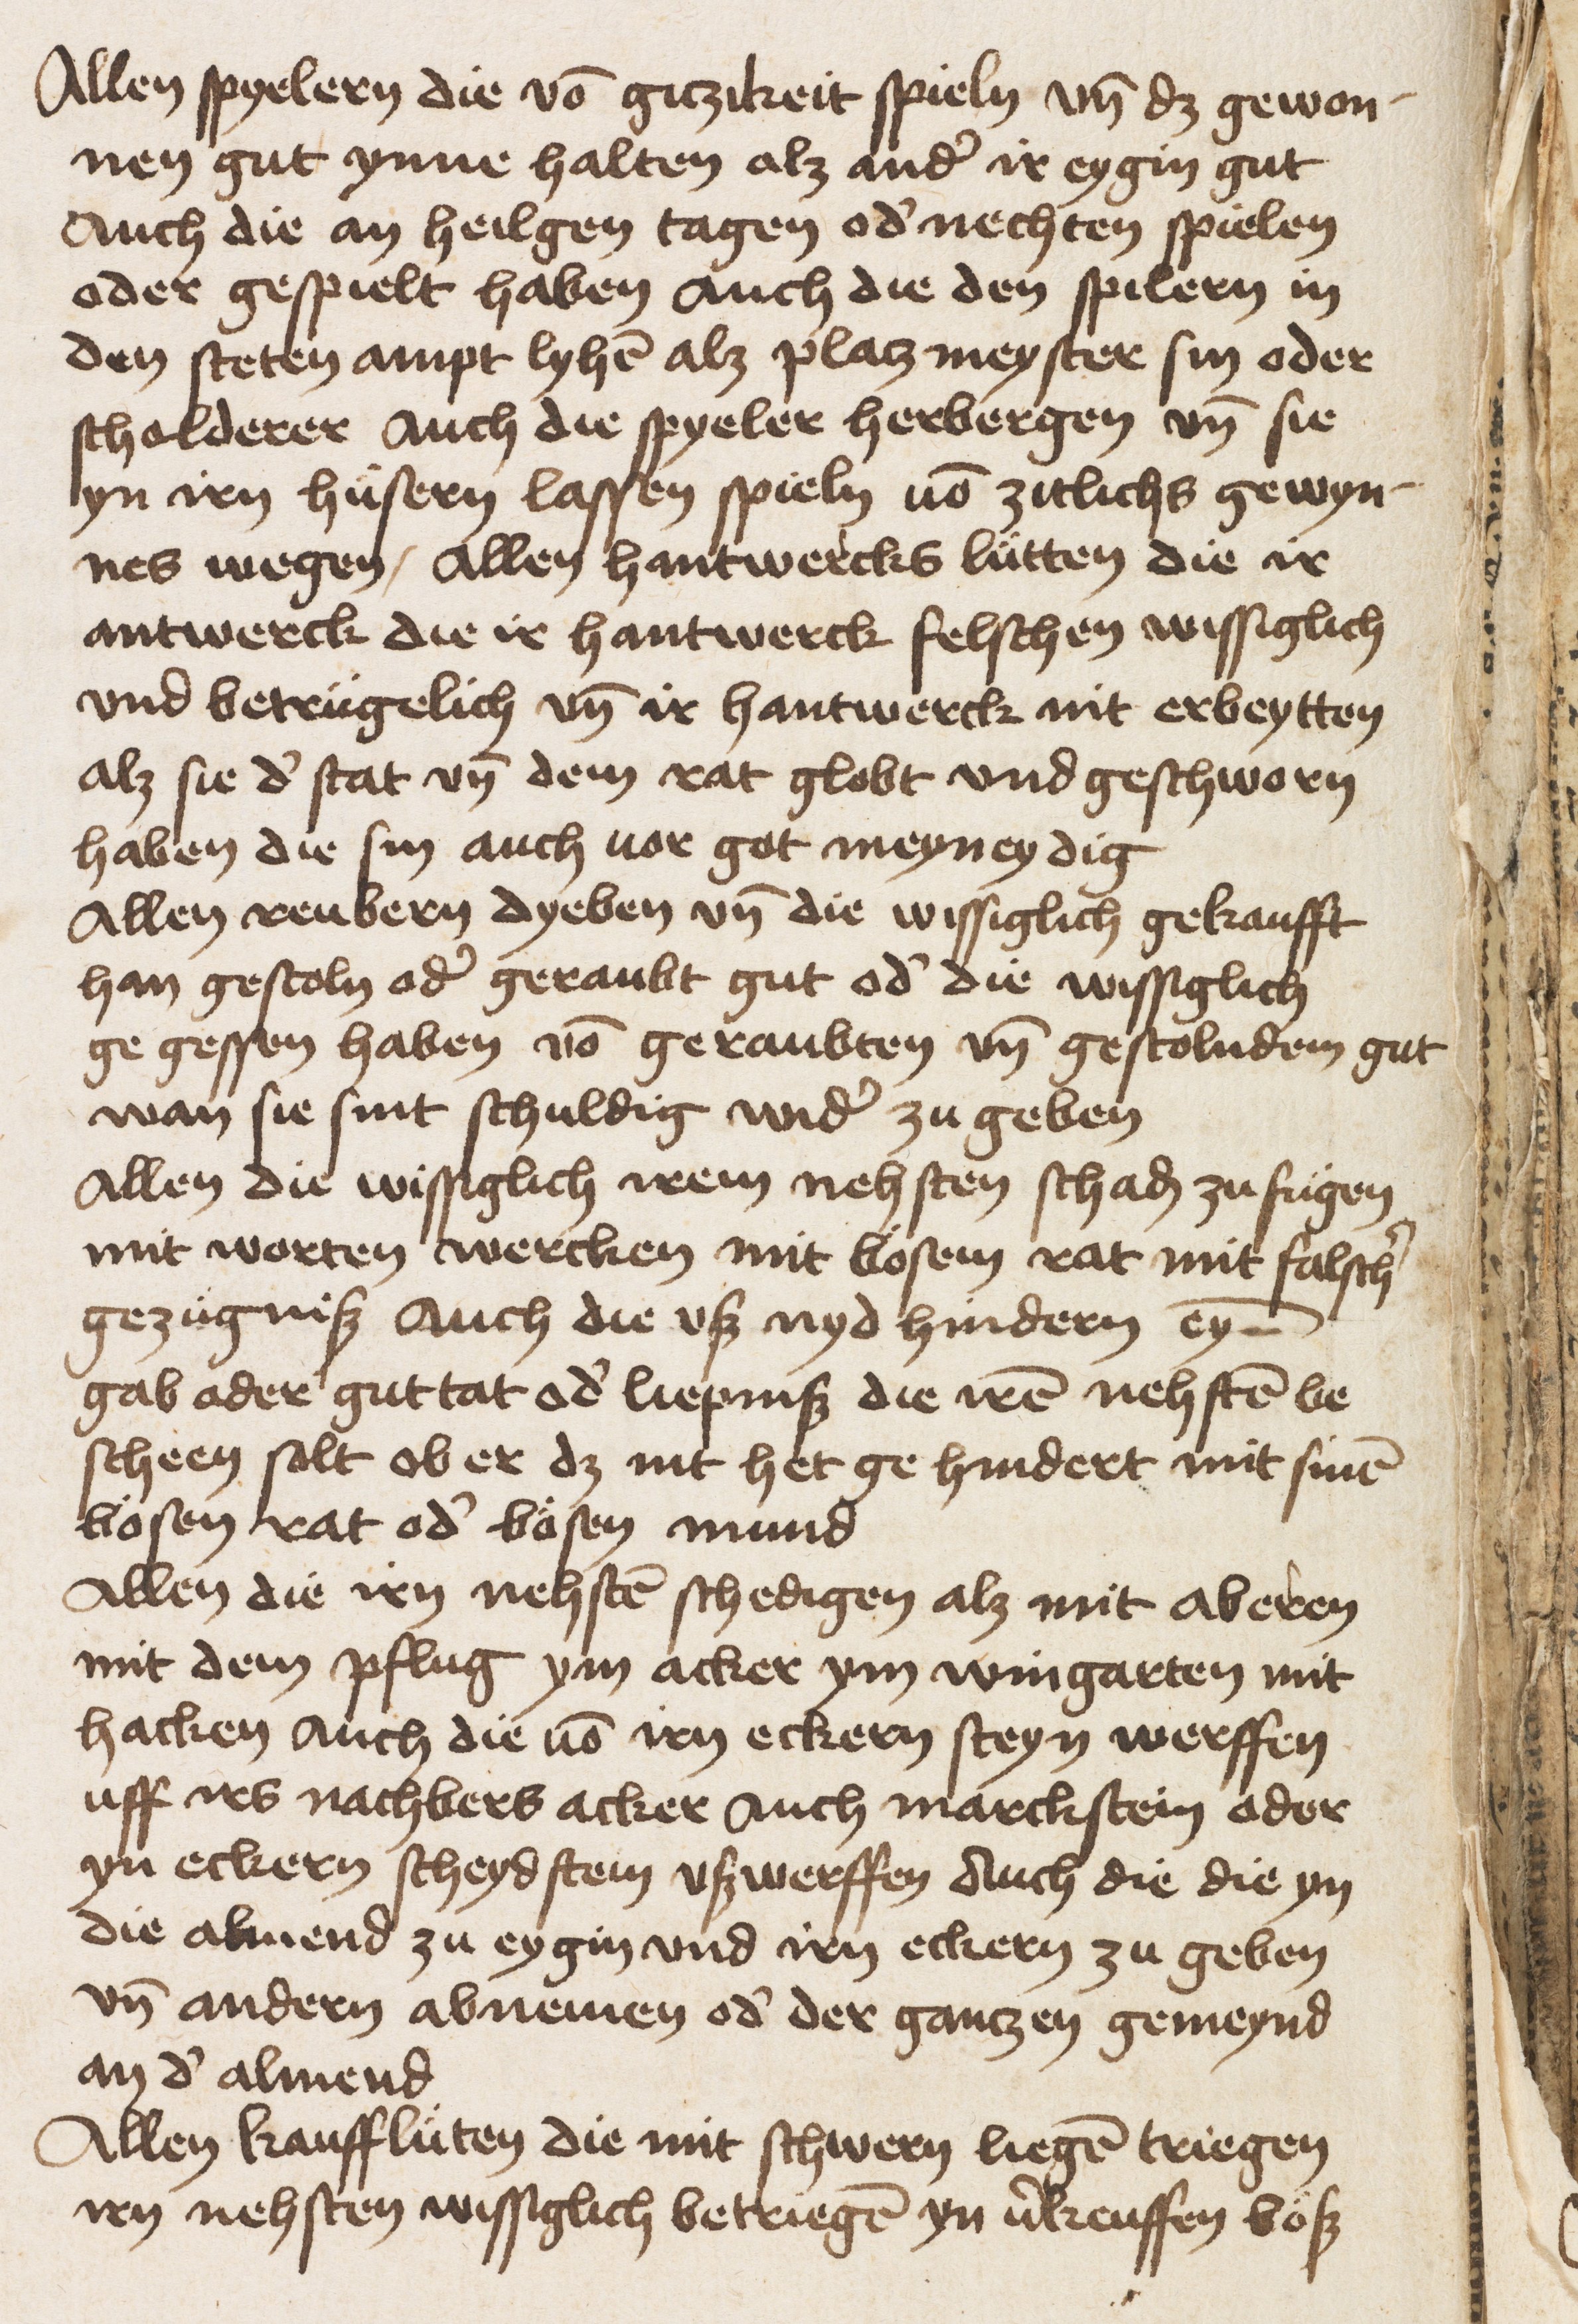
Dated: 1453–1453